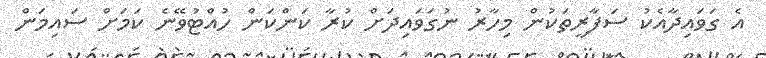
އެ ގަވައިދާއެކު ސަފާރީތަކުން މިހާރު ނުގަވައިދަށް ކުރާ ކަންކަން ހުއްޓުވޭނެ ކަމަށް ސައިމަން